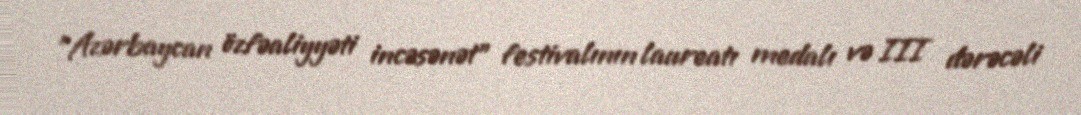
"Azərbaycan özfəaliyyəti incəsənət" festivalının laureatı medalı və III dərəcəli